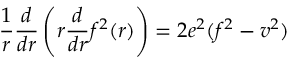
\frac { 1 } { r } \frac { d } { d r } \left( r \frac { d } { d r } f ^ { 2 } ( r ) \right) = 2 e ^ { 2 } ( f ^ { 2 } - v ^ { 2 } )